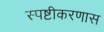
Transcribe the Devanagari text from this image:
स्पष्टीकरणास